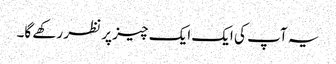
یہ آپ کی ایک ایک چیز پر نظر رکھے گا۔